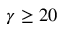
\gamma \geq 2 0